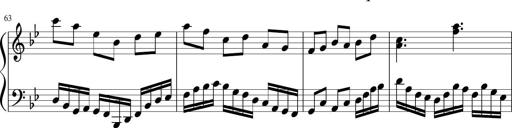
Title: Sonatina in F major
Composer: Ethan Ngo
Key: F major